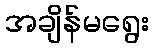
အချိန်မရွေး